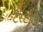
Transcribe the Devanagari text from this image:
टेस्टीज